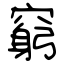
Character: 窮